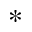
_ *